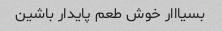
بسیااار خوش طعم پایدار باشین